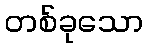
တစ်ခုသော